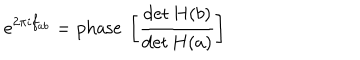
e ^ { 2 \pi i f _ { a b } } = \mathrm { p h a s e ~ } \left[ \frac { \det H ( b ) } { \det H ( a ) } \right]